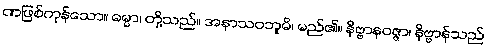
ဏဖြစ်ကုန်သော။ ဓမ္မာ၊ တို့သည်။ အနာသဝဘူမိ၊ မည်၏။ နိဗ္ဗာနဝဇ္ဇာ၊ နိဗ္ဗာန်သည်